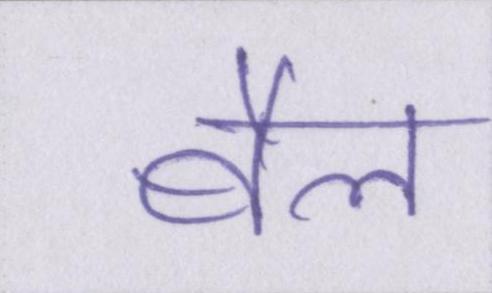
बैल